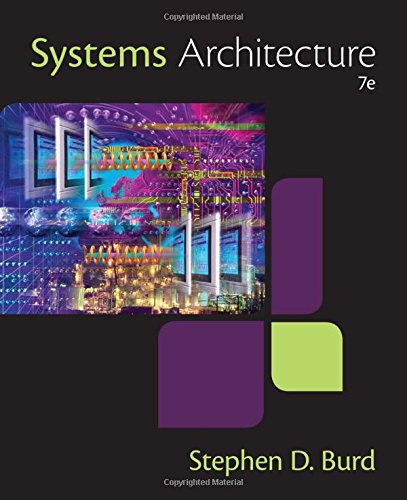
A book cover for Systems Architecture; Stephen D. Burd; Computers & Technology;